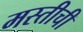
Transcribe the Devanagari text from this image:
मस्तीची